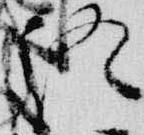
終